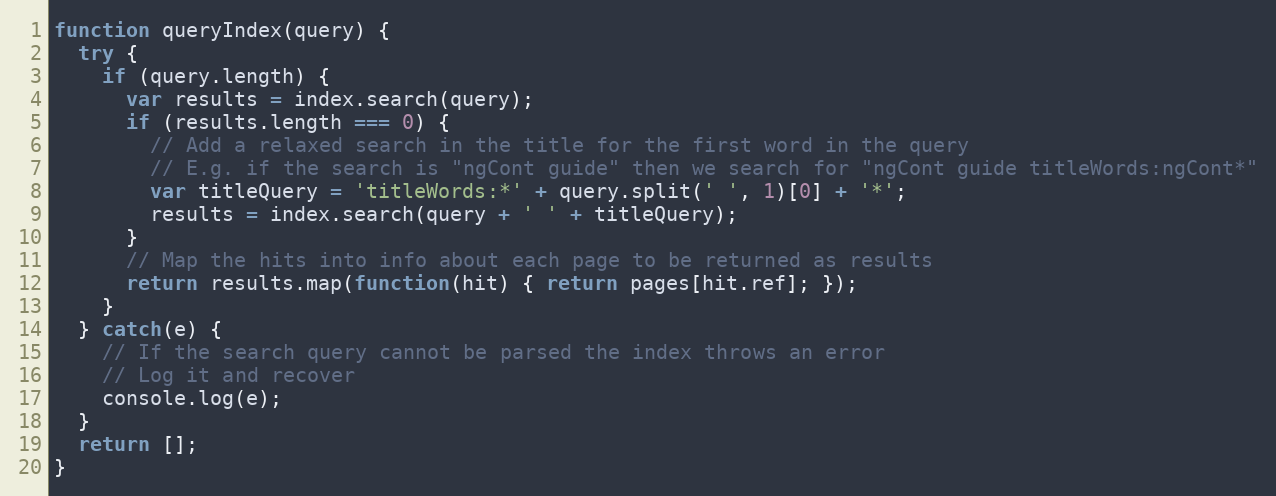
Language: JavaScript
function queryIndex(query) {
  try {
    if (query.length) {
      var results = index.search(query);
      if (results.length === 0) {
        // Add a relaxed search in the title for the first word in the query
        // E.g. if the search is "ngCont guide" then we search for "ngCont guide titleWords:ngCont*"
        var titleQuery = 'titleWords:*' + query.split(' ', 1)[0] + '*';
        results = index.search(query + ' ' + titleQuery);
      }
      // Map the hits into info about each page to be returned as results
      return results.map(function(hit) { return pages[hit.ref]; });
    }
  } catch(e) {
    // If the search query cannot be parsed the index throws an error
    // Log it and recover
    console.log(e);
  }
  return [];
}